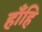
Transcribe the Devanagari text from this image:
हाँहि